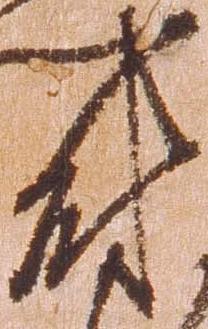
尉